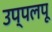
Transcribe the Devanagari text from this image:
उप्पलपू